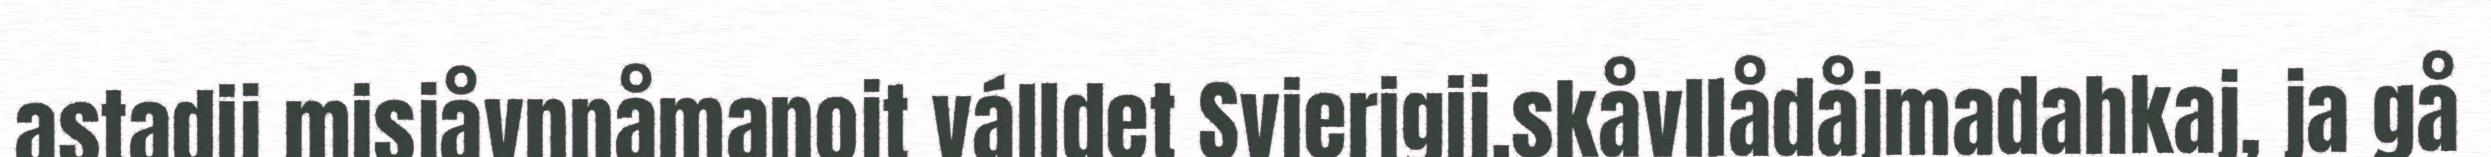
astadij misjåvnnåmanojt válldet Svierigij.skåvllådåjmadahkaj, ja gå